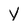
Character: Y